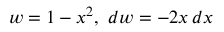
w = 1 - x ^ { 2 } , \ d w = - 2 x \, d x